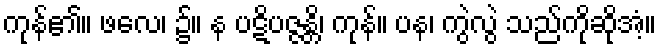
ကုန်၏။ ဖလေ၊ ၌။ န ပဋိပဇ္ဇန္တိ၊ ကုန်။ ပန၊ ကွဲလွဲ သည်ကိုဆိုအံ့။